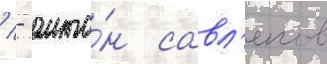
/ - анто́н савл'епов